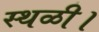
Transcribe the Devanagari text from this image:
स्थळी।